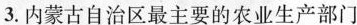
3.内蒙古自治区最主要的农业生产部门